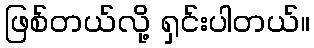
ဖြစ်တယ်လို့ ရှင်းပါတယ်။